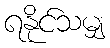
ရနိုင်သမျှ